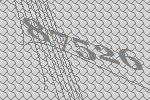
87526